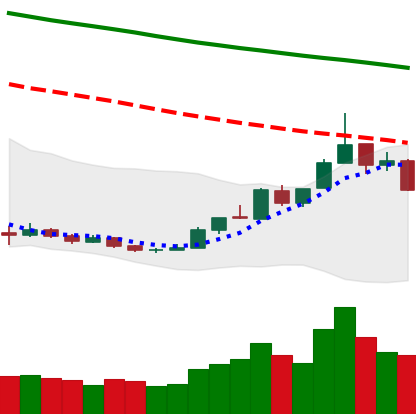
Ticker: ETH-USD
Chart end date: 2018-12-27
Forward return: 20.796%
Label: up_7plus